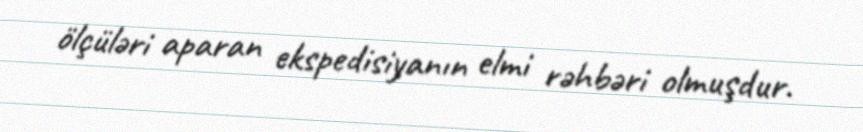
ölçüləri aparan ekspedisiyanın elmi rəhbəri olmuşdur.